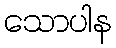
သောပါန